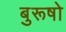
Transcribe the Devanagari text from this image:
बुरूषो